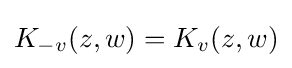
K_{-v}(z,w)=K_{v}(z,w)